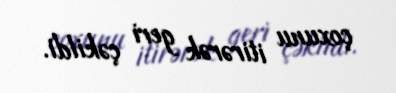
çoxunu itirərək geri çəkildi.